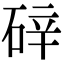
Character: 𪿢